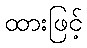
ထားဖြင့်